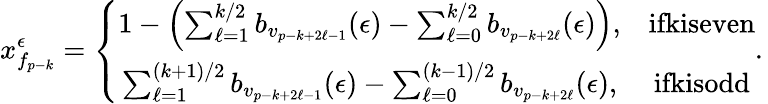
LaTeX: x_{f_{p-k}}^{\epsilon}=\left\{ \begin{array}{cc}{1-\left(\sum_{\ell=1}^{k/2}b_{v_{p-k+2\ell-1}}(\epsilon)-\sum_{\ell=0}^{k/2}b_{v_{p-k+2\ell}}(\epsilon)\right),}&{\textrm{ifkiseven}}\\ {\sum_{\ell=1}^{(k+1)/2}b_{v_{p-k+2\ell-1}}(\epsilon)-\sum_{\ell=0}^{(k-1)/2}b_{v_{p-k+2\ell}}(\epsilon),}&{\textrm{ifkisodd}}\end{array}.\right.